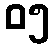
၀၅